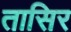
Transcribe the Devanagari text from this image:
तासिर